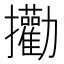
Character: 𪯄